Elephants and their diseases
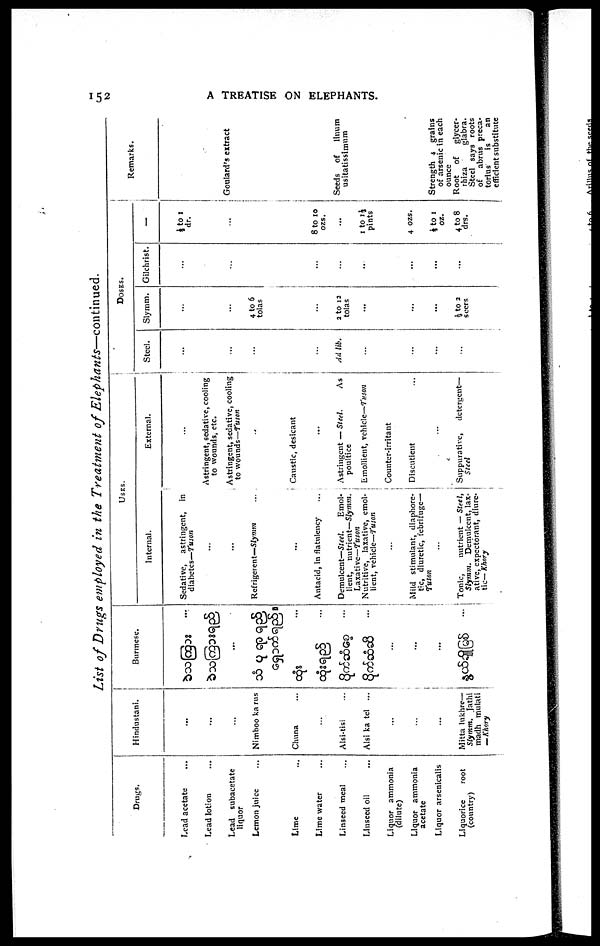
152
A TREATISE ON ELEPHANTS.
List of Drugs employed in the Treatment of
Elephants—continued.
Drugs.
Lead acetate
Lead lotion
Lead subacetate
liquor
Lemon juice
Lime
Lime water
Linseed meal
Linseed oil
Liquor ammonia
(dilute)
Liquor ammonia
acetate
Liquor arsenicalis
Liquorice
root
(country)
Hindustani.
....
...
...
Nimboo ka rus
Chuna
Alsi-tisi
Alsi ka tel ...
...
...
..
Mitta lukhre—
Slymm. Jathi
madh mulati
—Kkory
Burmese.
...
...
...
..
USES.
Internal.
Sedative, astringent, in
diabetes—Tuson
...
...
Refrigerent—Slymm
...
Antacid, in flatulency
Demulcent—Steel.
Emol-
lient, nutrient—Slymm.
Laxative—Tuson
Nutritive, laxative, emol-
lient, vehicle—Tuson
...
Mild stimulant, diaphore-
tic, diuretic, febrifuge—
Tuson
...
Tonic,
nutrient — Steel,
Slymm. Demulcent, lax¬
ative, expectorant, diure-
tic— Khory
External.
...
Astringent, sedative, cooling
to wounds, etc.
Astringent, sedative, cooling
to wounds—Tuson
Caustic, desicant
...
Astringent — Steel.
As
poultice
Emollient, vehicle—Tuson
Counter-irritant
Discutient
Suppurative, detergent—
Steel
DOSES.
Steel.
...
...
...
...
Ad lib.
...
...
...
...
Slymm.
...
...
4 to 6
tolas
Gilchrist.
...
...
2 to 12
tolas
...
...
...
½ to 2
seers
...
...
...
...
...
—
½ to 1
dr.
...
8 to 10
ozs.
...
1 to 1½
pints
4 ozs.
½ to 1
oz.
4 to 8
drs.
Remarks.
Goulard's extract
Seeds of
linum
usitatissimum
Strength 4 grains
of arsenic in each
ounce
Root of glycer¬
rhiza
glabra.
Steel says roots
of abrus preca¬
torius
is
an
efficient substitute